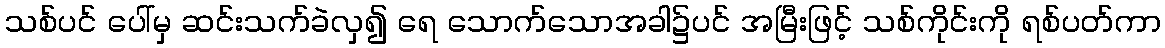
သစ်ပင် ပေါ်မှ ဆင်းသက်ခဲလှ၍ ရေ သောက်သောအခါ၌ပင် အမြီးဖြင့် သစ်ကိုင်းကို ရစ်ပတ်ကာ